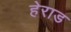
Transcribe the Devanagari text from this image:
हेराड